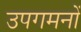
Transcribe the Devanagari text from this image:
उपगमनों